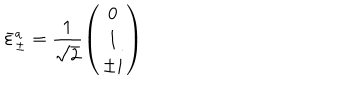
LaTeX: \bar { \varepsilon } _ { \pm } ^ { a } = \frac { 1 } { \sqrt 2 } \left( \begin{array} { c } { { 0 } } \\ { { 1 } } \\ { { \pm i } } \\ \end{array} \right)